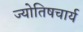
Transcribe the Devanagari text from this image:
ज्योतिषचार्य